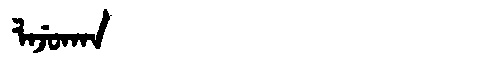
Manchu: ᠯᠠᠵᡠᡴᠠᠨ
Romanization: LAJUKAN